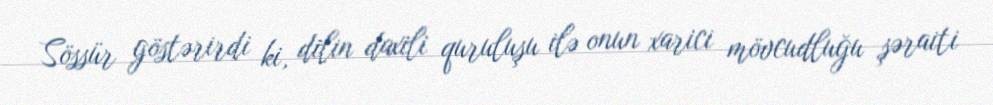
Sössür göstərirdi ki, dilin daxili quruluşu ilə onun xarici mövcudluğu şəraiti